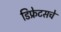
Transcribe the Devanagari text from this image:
डिफ्रेटसचे